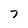
Character: 7